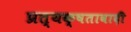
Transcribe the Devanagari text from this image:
प्रत्यक्षतावादी